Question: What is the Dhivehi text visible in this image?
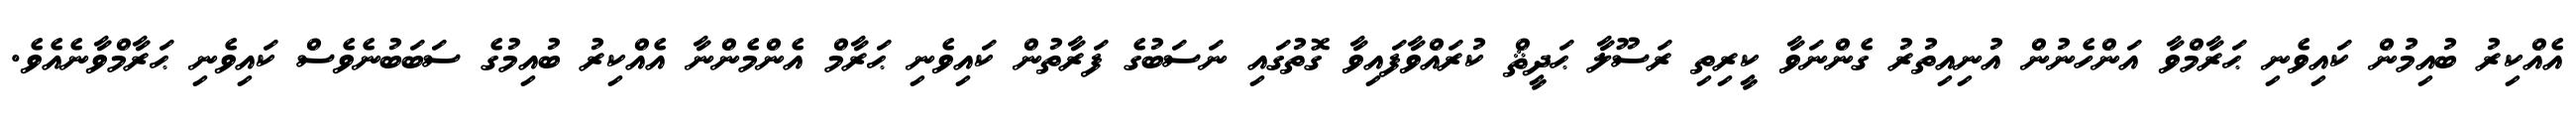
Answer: އެއްކިރު ބުއިމުން ކައިވެނި ޙަރާމްވާ އަންހެނުން އުނިއިތުރު ގެންނަވާ ކީރިތި ރަސޫލާ ޙަދީޘް ކުރައްވާފައިވާ ގޮތުގައި ނަސަބުގެ ފަރާތުން ކައިވެނި ޙަރާމް އެންމެންނާ އެއްކިރު ބުއިމުގެ ސަބަބުނެވެސް ކައިވެނި ޙަރާމްވާނެއެވެ.